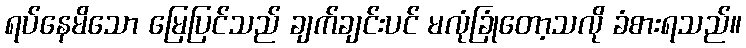
ရပ်နေမိသော မြေပြင်သည် ချက်ချင်းပင် မလုံခြုံတော့သလို ခံစားရသည်။